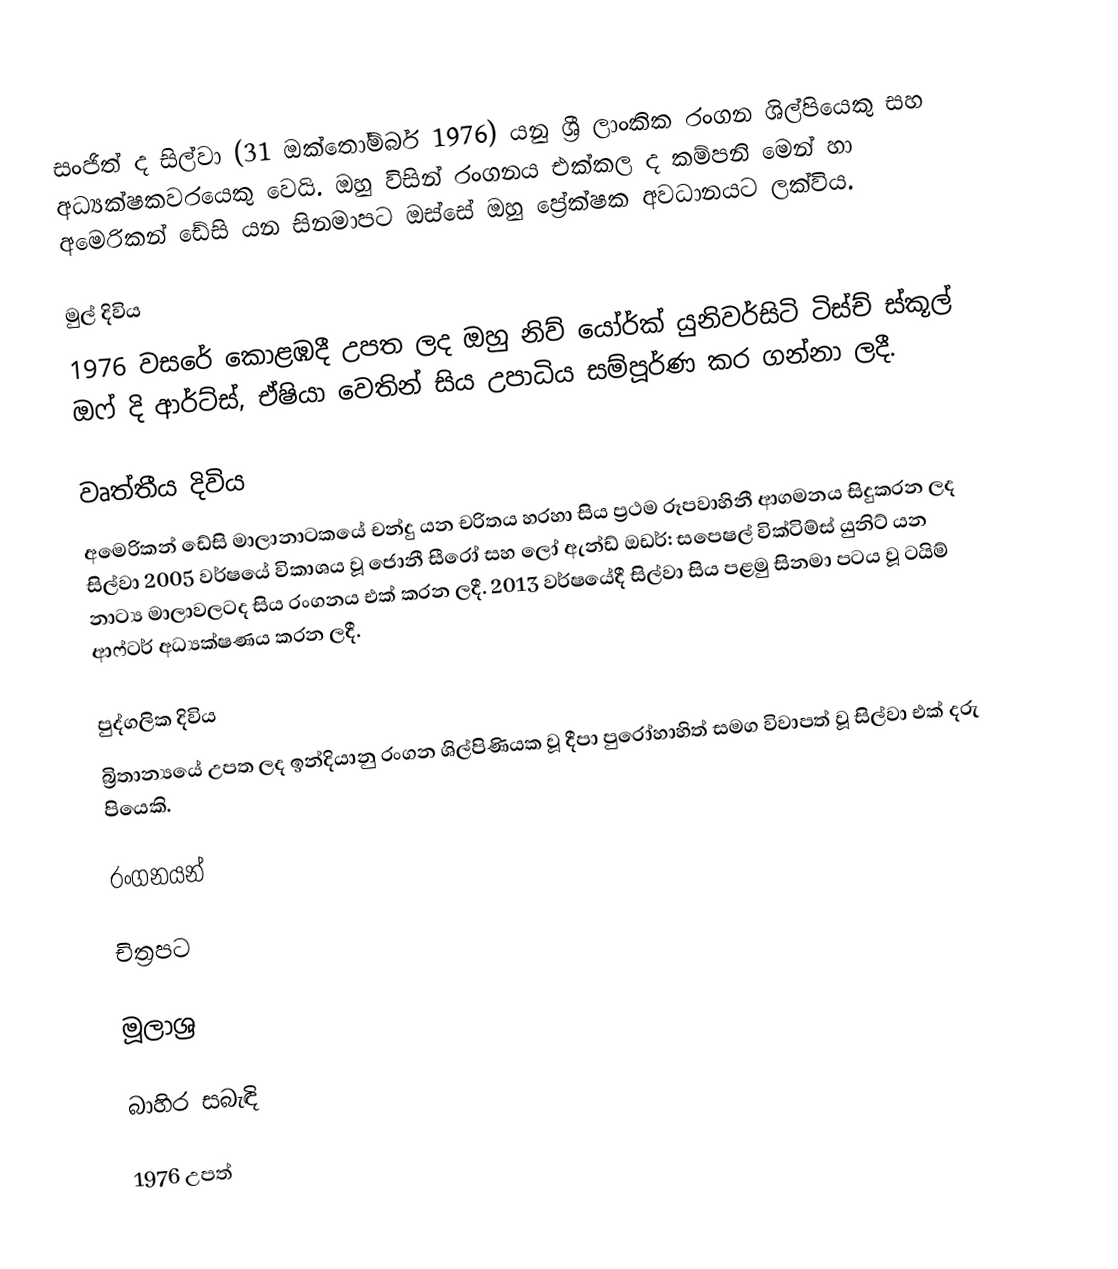
සංජිත් ද සිල්වා (31 ඔක්තෝම්බර් 1976) යනු ශ්‍රී ලාංකික රංගන ශිල්පියෙකු සහ අධ්‍යක්ෂකවරයෙකු වෙයි. ඔහු විසින් රංගනය එක්කල ද කම්පනි මෙන් හා අමෙරිකන් ඩේසි යන සිනමාපට ඔස්සේ ඔහු ප්‍රේක්ෂක අවධානයට ලක්විය.

මුල් දිවිය
1976 වසරේ කොළඹදී උපත ලද ඔහු නිව් යෝර්ක් යුනිවර්සිටි ටිස්ච් ස්කූල් ඔෆ් දි ආර්ට්ස්, ඒෂියා වෙතින් සිය උපාධිය සම්පූර්ණ කර ගන්නා ලදී.

වෘත්තීය දිවිය
අමෙරිකන් ඩේසි මාලානාටකයේ චන්දු යන චරිතය හරහා සිය ප්‍රථම රූපවාහිනී ආගමනය සිදුකරන ලද සිල්වා 2005 වර්ෂයේ විකාශය වූ ජොනී සීරෝ සහ ලෝ ඇන්ඩ් ඔඩර්: සපෙෂල් වික්ටිම්ස් යුනිට් යන නාට්‍ය මාලාවලටද සිය රංගනය එක් කරන ලදී. 2013 වර්ෂයේදී සිල්වා සිය පළමු සිනමා පටය වූ ටයිම් ආෆ්ටර් අධ්‍යක්ෂණය කරන ලදී.

පුද්ගලික දිවිය
බ්‍රිතාන්‍යයේ උපත ලද ඉන්දියානු රංගන ශිල්පිණියක වූ දීපා පුරෝහාහිත් සමග විවාපත් වූ සිල්වා එක් දරු පියෙකි.

රංගනයන්

චිත්‍රපට

මූලාශ්‍ර

බාහිර සබැඳි

1976 උපත්